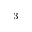
^ { - 3 }